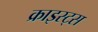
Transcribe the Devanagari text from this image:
क्राइस्ट्स